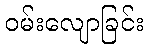
ဝမ်းလျောခြင်း